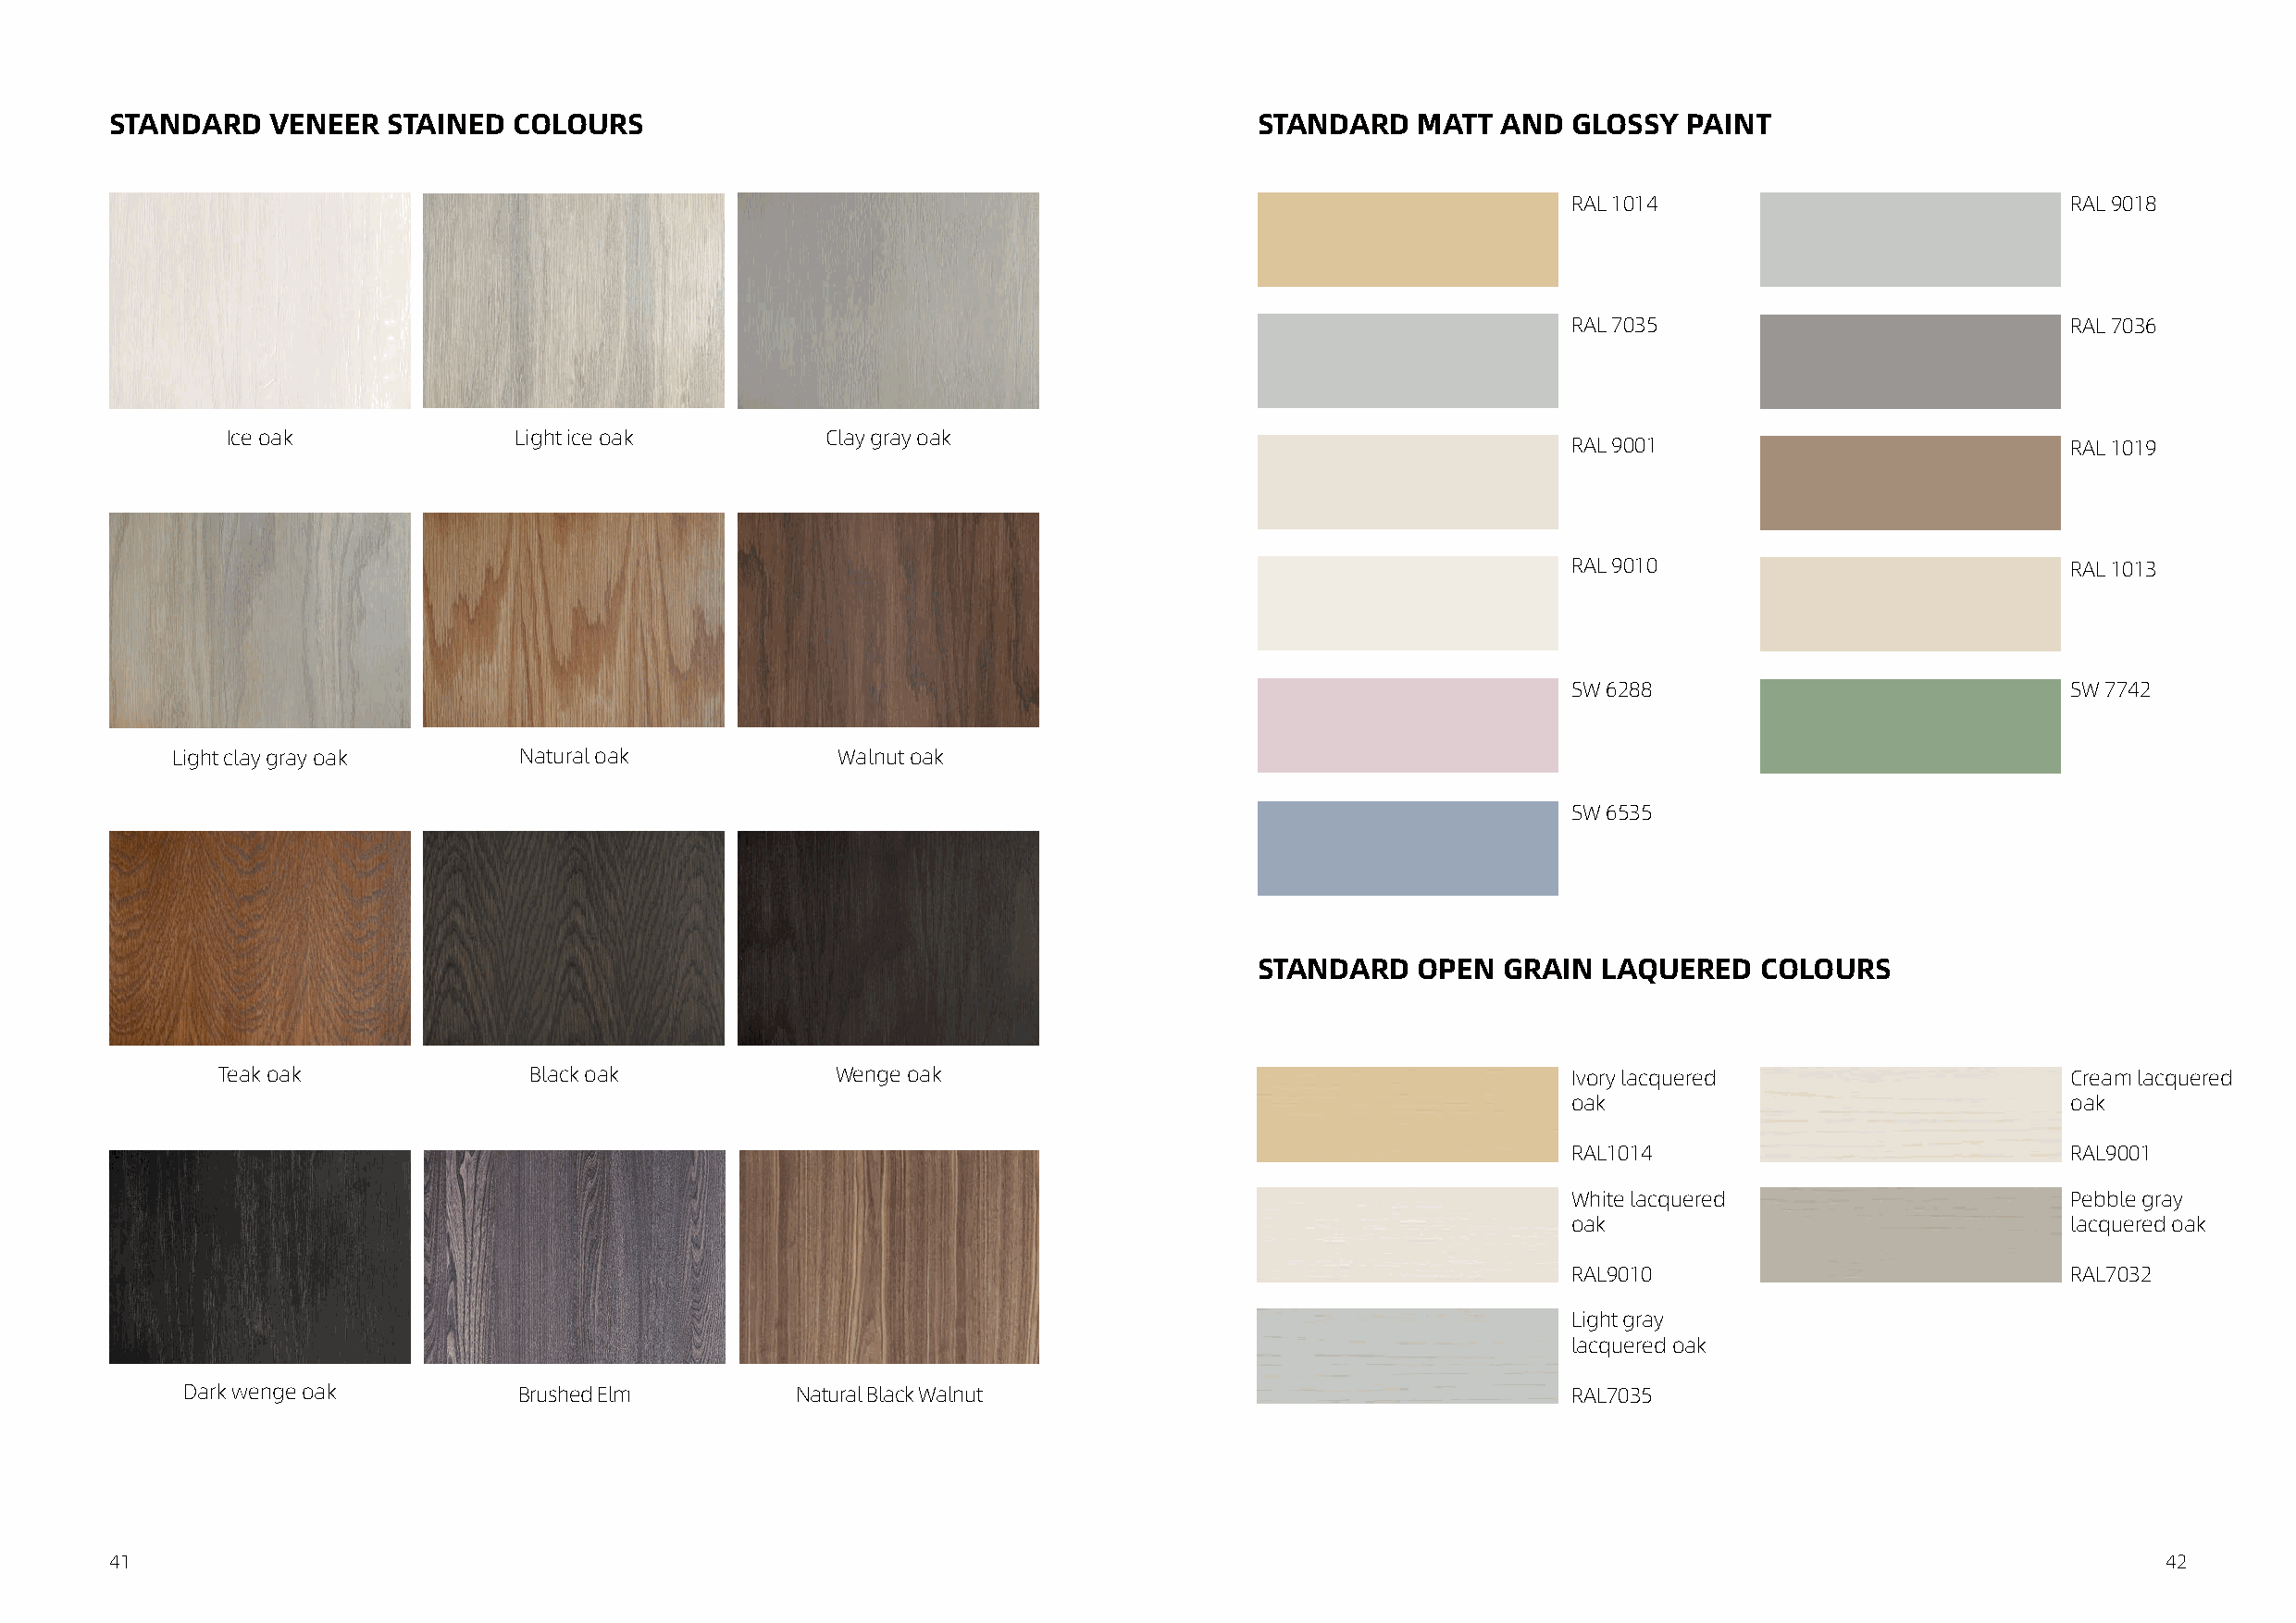
STANDARD   VENEER   STAINED  COLOURS                                              STANDARD   MATT  AND  GLOSSY   PAINT
 RAL 1014                            RAL 9018
 RAL 7035                            RAL 7036
 Ice oak              Light ice oak         Clay gray oak
 RAL 9001                            RAL 1019
 RAL 9010                            RAL 1013
 SW 6288                             SW 7742
 Light clay gray oak      Natural oak            Walnut oak
 SW 6535
 STANDARD   OPEN   GRAIN  LAQUERED   COLOURS
 Teak oak              Black oak             Wenge oak                                           Ivory lacquered                     Cream lacquered
 oak                                 oak
 RAL1014                             RAL9001
 White lacquered                     Pebble gray
 oak                                 lacquered oak
 RAL9010                             RAL7032
 Light gray
 lacquered oak
 Dark wenge oak          Brushed Elm         Natural Black Walnut                                   RAL7035
 41                                                                                                                                                 42